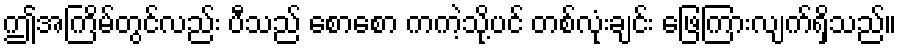
ဤအကြိမ်တွင်လည်း ပီသည် စောစော ကကဲ့သို့ပင် တစ်လုံးချင်း ဖြေကြားလျက်ရှိသည်။